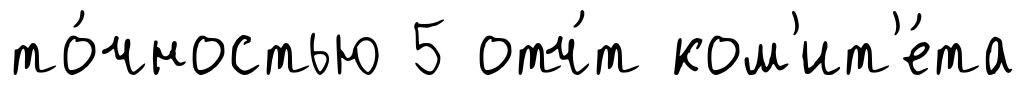
то́чностью 5 отч́т ком'ит'е́та